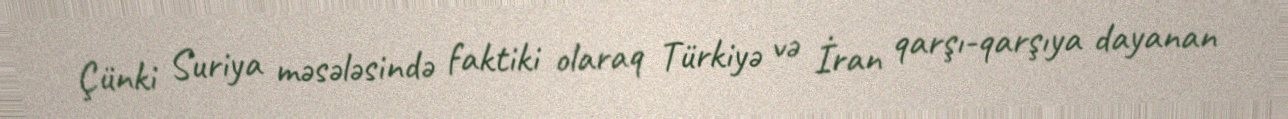
Çünki Suriya məsələsində faktiki olaraq Türkiyə və İran qarşı-qarşıya dayanan